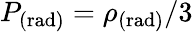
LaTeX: P_{\mathrm{(rad)}}=\rho_{\mathrm{(rad)}}/3